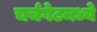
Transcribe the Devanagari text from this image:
चर्चगेटमध्ये